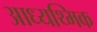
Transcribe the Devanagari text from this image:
आध्यथ्मिक